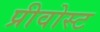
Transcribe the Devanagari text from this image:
प्रीवोस्ट